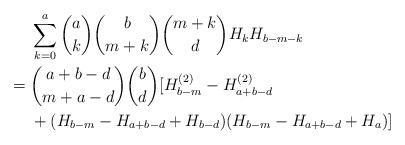
LaTeX: \begin{align*} & \sum_{k=0}^a \binom{a}{k}\binom{b}{m+k}\binom{m+k}{d}H_k H_{b-m-k} \\={} & \binom{a+b-d}{m+a-d}\binom{b}{d}[H_{b-m}^{(2)}-H_{a+b-d}^{(2)} \\ & + (H_{b-m}-H_{a+b-d}+H_{b-d})(H_{b-m}-H_{a+b-d}+H_a)]\end{align*}